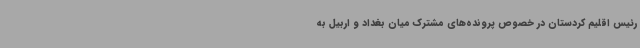
رئیس اقلیم کردستان در خصوص پرونده‌های مشترک میان بغداد و اربیل به